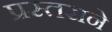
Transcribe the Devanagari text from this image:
प्रस्तराने